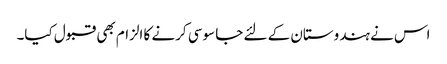
اس نے ہندوستان کے لئے جا سوسی کرنے کا الزام بھی قبول کیا۔